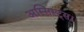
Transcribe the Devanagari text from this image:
अस्सिस्ट्स।